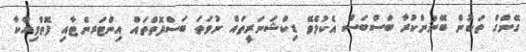
ގޭންގް ތަކުން ބޭނުންކުރާ ބަސްބަސް އެކުލެވޭ ޑިކްޝަނަރީތައް ނުވަތަ ބަސްފޮތްތައް އިންޓަރނެޓާއި ފޮތްވިއްކާ